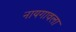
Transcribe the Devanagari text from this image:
नायगावला